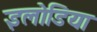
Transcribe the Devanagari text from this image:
इलोडिया